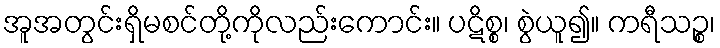
အူအတွင်းရှိမစင်တို့ကိုလည်းကောင်း။ ပဋိစ္စ၊ စွဲယူ၍။ ကရီသဉ္စ၊